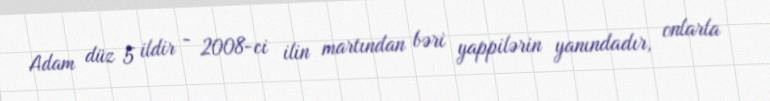
Adam düz 5 ildir - 2008-ci ilin martından bəri yappilərin yanındadır, onlarla